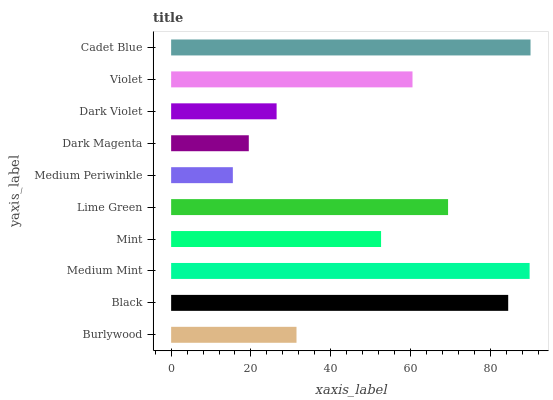
| yaxis_label | bars |
 | --- | --- |
 | Burlywood | 31.4 |
 | Black | 84.5 |
 | Medium Mint | 89.8 |
 | Mint | 52.6 |
 | Lime Green | 69.4 |
 | Medium Periwinkle | 15.5 |
 | Dark Magenta | 19.5 |
 | Dark Violet | 26.4 |
 | Violet | 60.5 |
 | Cadet Blue | 90 |